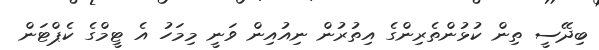
ބިދޭސީ ތިން ކުޅުންތެރިންގެ އިތުރުން ނިއުއިން ވަނީ މިމަހު އެ ޓީމްގެ ކެޕްޓަން